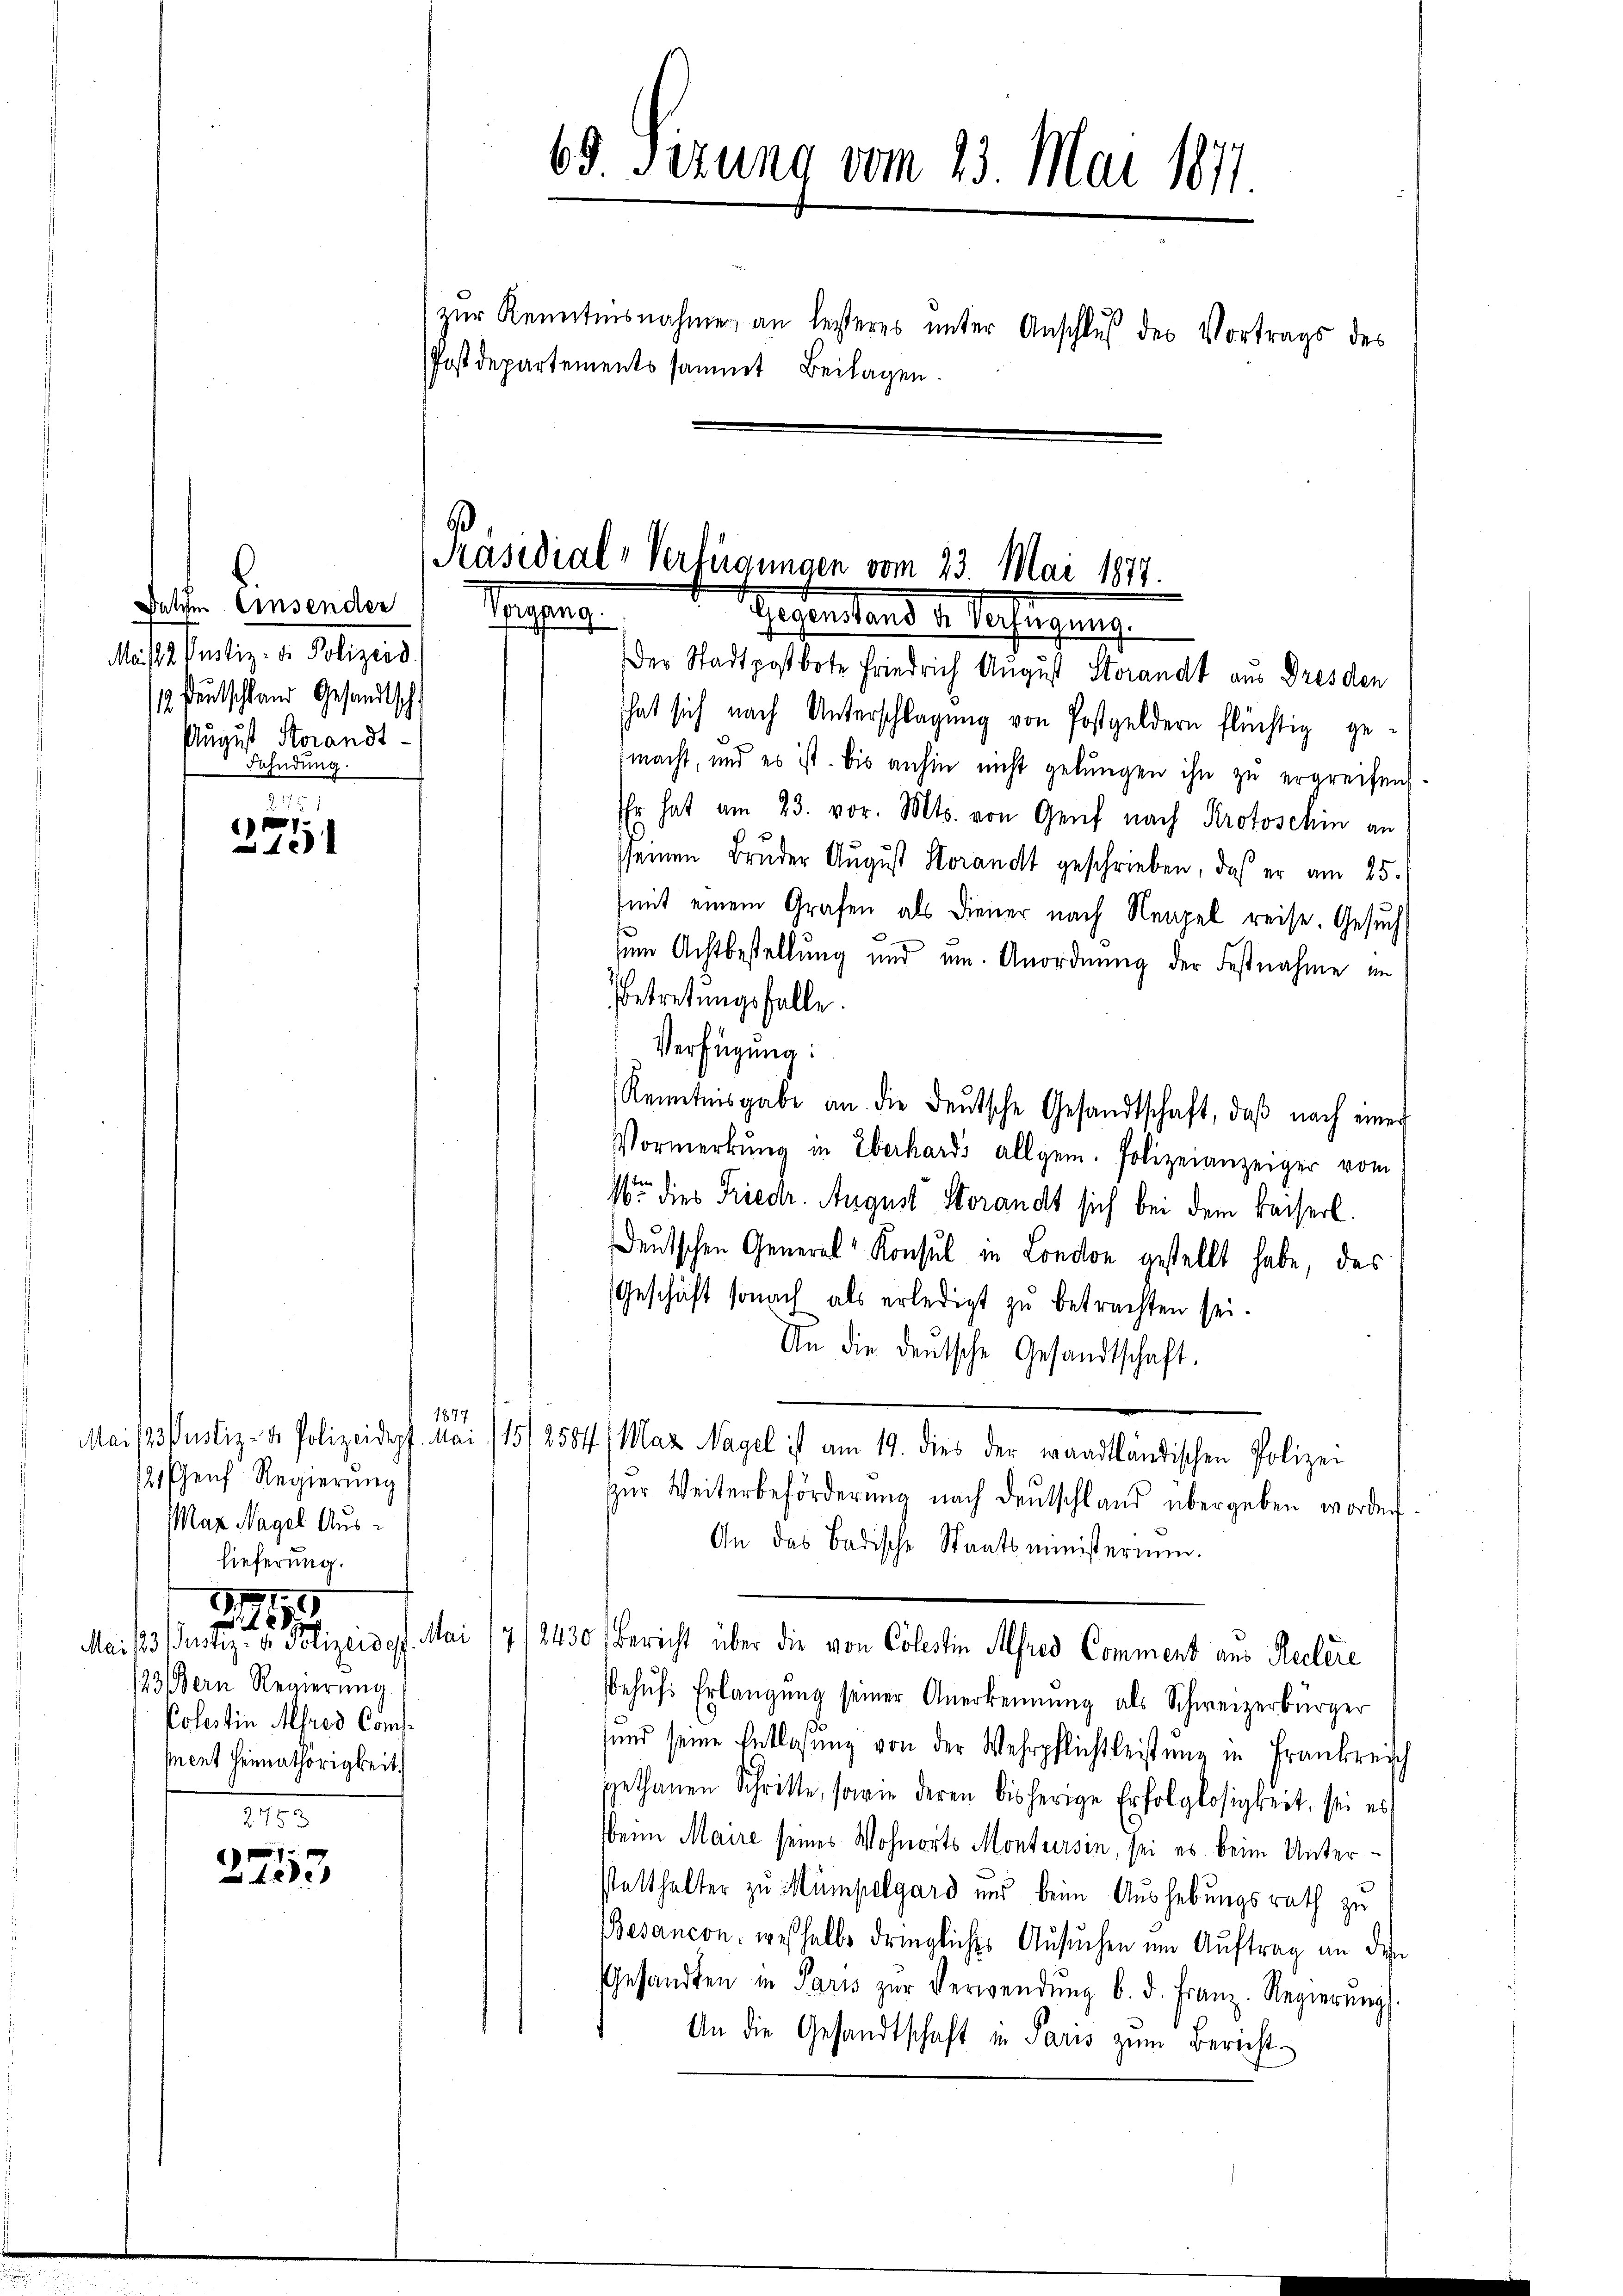
.
Delche Einsender
Mais 2. Justiz- & Polizeid
1 Deutschland Gesandtsch
August Herandt.
Fahndung

.75
1
12

7
122

[Präsidial-Verfügungen vom 23. Mai 1877.
agung
Testanten d. Verfügung
Der Stadtpostbote Friedrich August Storandt aus Dresden

1877
12, Genf. Regierung
Maz Nagel Auslieferung.
71
9
1xx
193/Bern Regierung
Polestin Alfred Compnent Heimathörigkeit.

65. Sitzung vom 23. Mai 1871.
zŭr Kenntnisnahme an lesteres ŭnter Anschlŭβ des Vortrags des
Postdepartements sammt Beilagen.

hat sich nach Unterschlagung von Postgeldern flüchtig gemacht, und es ist bis anhin nicht gelungen ihn zu ergreifen.
Er hat am 23. vor. Mts. von Genf nach Protoschin an
sseinen Bruder August Horandt geschrieben, daß er am 25.
mit einem Grafen als Diener nach Neapel reise. Gesuch
zum Achtbestellung und um Anordnung der Festnahme im
Betretungsfalle.
Verfügung:
Kenntnisgabe an die deŭtsche Gesandtschaft, daβ nach einer
Vormerkŭng in Eberhards allgem. Polizeianzeiger vom
1 dies Friedr. August Herandt sich bei dem Kaiserl.
Deutschen General-Konsul in London gestellt habe, das
Geschäft sonach als erledigt zu betrachten sei.
An die deŭtsche Gesandtschaft.
Mai 183 Justiz- u. Polizeidepf. Mai 11512584/ Maz Nagel ist am 19. dies der waadtländischen Polizei
zŭr Weiterbeförderŭng nach deutschland übergeben worden.
An das Badische Staatsministerium.
Mai/23. Justiz- & Polizeides. Mai 17/2430) Bericht über die von Colestin Alfred Comment aus Reclere
Behŭfs Erlangung seiner Anerkennung als Schweizerbürger
und seine Entlasŭng von der Wehrpflichtleistŭng in Frankreisch
gethanen Schritte, sowie deren bisherige Erfolglosigkeit, sei es
beim Maire seines Wohnorts Montursin, sei es beim Unterstatthalter zu Mümpelgard und beim Aushebungsrath zu
Besancon, weshalb dringliches Ansuchen um Auftrag an den
esandten in Paris zŭr Verwendŭng b. d. Franz. Regierŭng
An die Gesandtschaft in Paris zum Bericht